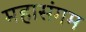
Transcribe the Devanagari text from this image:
महासंगम